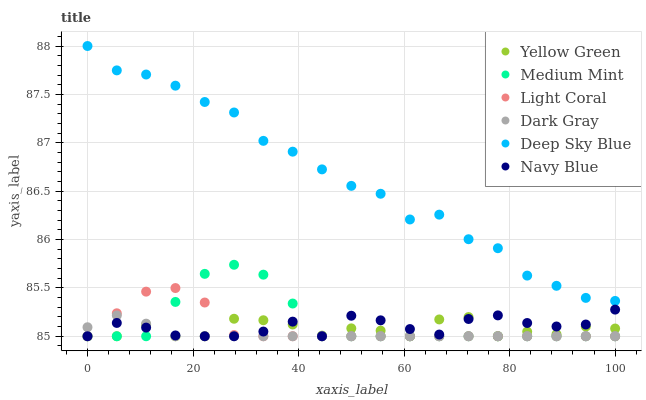
| xaxis_label | Yellow Green | Medium Mint | Light Coral | Dark Gray | Deep Sky Blue | Navy Blue |
 | --- | --- | --- | --- | --- | --- | --- |
 | 0 | 85 | 85 | 85 | 85.1 | 88 | 85 |
 | 5.56 | 85 | 85 | 85.2 | 85.2 | 87.7 | 85.1 |
 | 11.1 | 85.1 | 85 | 85.5 | 85.1 | 87.7 | 85.1 |
 | 16.7 | 85 | 85.4 | 85.5 | 85 | 87.6 | 85 |
 | 22.2 | 85 | 85.6 | 85.3 | 85 | 87.4 | 85 |
 | 27.8 | 85.2 | 85.7 | 85 | 85 | 87.3 | 85 |
 | 33.3 | 85.2 | 85.6 | 85 | 85 | 87 | 85 |
 | 38.9 | 85.1 | 85.3 | 85 | 85 | 86.9 | 85.2 |
 | 44.4 | 85 | 85 | 85 | 85 | 86.7 | 85 |
 | 50 | 85.1 | 85 | 85 | 85 | 86.6 | 85.2 |
 | 55.6 | 85.1 | 85 | 85 | 85 | 86.5 | 85.2 |
 | 61.1 | 85 | 85 | 85 | 85 | 86.2 | 85.1 |
 | 66.7 | 85.2 | 85 | 85 | 85 | 86.3 | 85 |
 | 72.2 | 85.2 | 85 | 85 | 85 | 86 | 85.2 |
 | 77.8 | 85 | 85 | 85 | 85 | 85.9 | 85.2 |
 | 83.3 | 85 | 85 | 85 | 85 | 85.6 | 85.1 |
 | 88.9 | 85 | 85 | 85 | 85 | 85.5 | 85.1 |
 | 94.4 | 85.1 | 85 | 85 | 85 | 85.4 | 85.1 |
 | 100 | 85.1 | 85 | 85 | 85 | 85.4 | 85.3 |